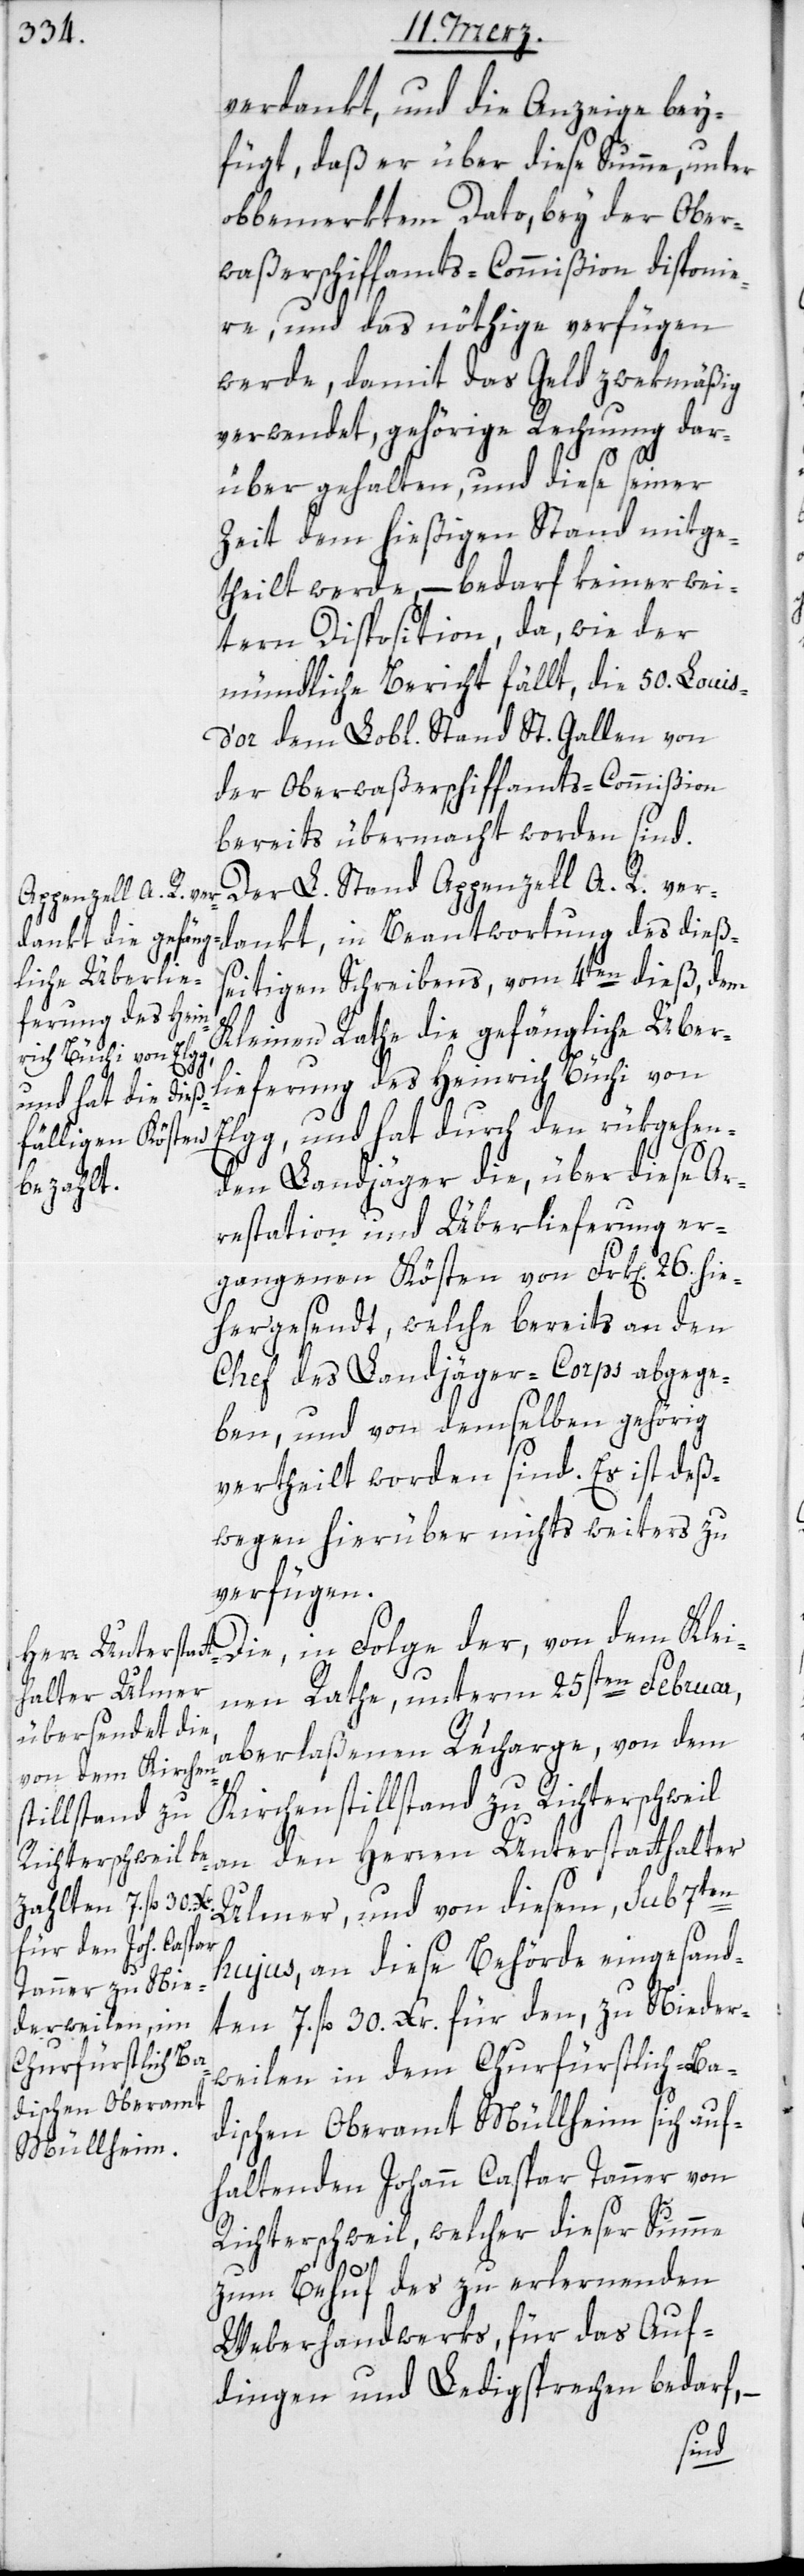
verdankt, und die Anzeige bey¬
fügt, daß er über diese Summe, unter
obbemerktem Dato, bey der Ober¬
waßerschiffamts-Commißion disponie¬
re, und das nöthige verfügen
werde, damit das Geld zwekmäßig
verwendet, gehörige Rechnung dar¬
über gehalten und diese seiner
Zeit dem hießigen Stand mitge¬
theilt werde, – bedarf keiner wei¬
tern Disposition, da, wie der
mündliche Bericht fällt, die 50. Louis¬
d’or dem Lobl. Stand St. Gallen von
der Oberwaßerschiffamts-Commißion
bereits übermacht worden sind.
Der L. Stand Appenzell A. R. ver¬
dankt, in Beantwortung des dieß¬
eitigen Schreibens, vom 4ten dieß, dem
Kleinen Rath die gefängliche Über¬
lieferung des Heinrich Büchi von
Elgg, und hat durch den rükgehen¬
den Landjäger die, über dieselbe
restation und Überlieferung er¬
gangenen Kösten von Frk[en]. 26. hie¬
hergesendt, welche bereits an den
Chef des Landjäger-Corps abgege¬
ben, und von demselben gehörig
vertheilt worden sind. Es ist deß¬
wegen hierüber nichts weiters zu
verfügen.
Die, in Folge der, von dem Klei¬
nen Rathe, unterm 25sten Februar,
aberlaßenen Recharge, von dem
Kirchenstillstand zu Richterschweil
an den Herren Unterstatthalter
Ulmer, und von diesem, sub 7ten
hujus an diese Behörde eingesand¬
ten 7. fl. 30. Xr. für den, zu Nieder¬
weilen in dem Churfürstlich-Ba¬
dischen Oberamt Müllheim sich auf¬
haltenden Johann Caspar Tanner von
Richterschweil, welcher dieser Summe
Ar¬
zum Behuf des zu erlernenden
Weberhandwerks, für das Auf¬
dingen und Ledigsprechen bedarf, –